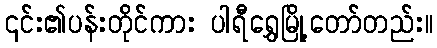
၎င်း၏ပန်းတိုင်ကား ပါရီရွှေမြို့တော်တည်း။